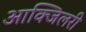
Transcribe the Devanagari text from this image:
आक्जिलरी